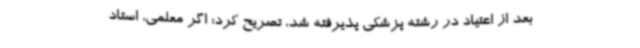
بعد از اعتیاد در رشته پزشکی پذیرفته شد، تصریح کرد: اگر معلمی، استاد